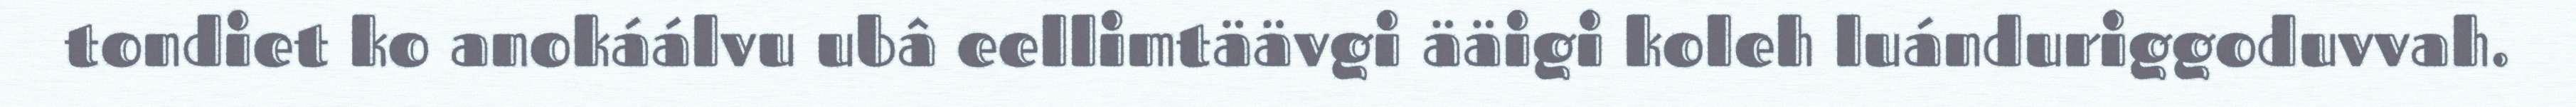
tondiet ko anokáálvu ubâ eellimtäävgi ääigi koleh luánduriggoduvvah.